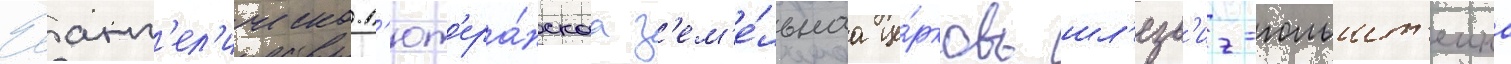
Еванг'ел'ическо-л'ют'ера́нскаа з'ем'е́льнаа це́рковь шл'езв'иг-гольшт'еина